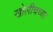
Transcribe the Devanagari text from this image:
खोलीचच्या